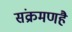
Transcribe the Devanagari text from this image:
संक्रमणहै